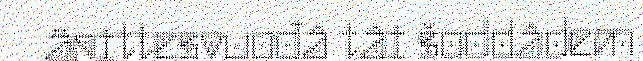
äpittesvuođâ tâi šoddâdem